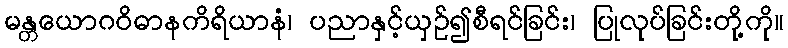
မန္တယောဂဝိဓာနကိရိယာနံ၊ ပညာနှင့်ယှဉ်၍စီရင်ခြင်း၊ ပြုလုပ်ခြင်းတို့ကို။